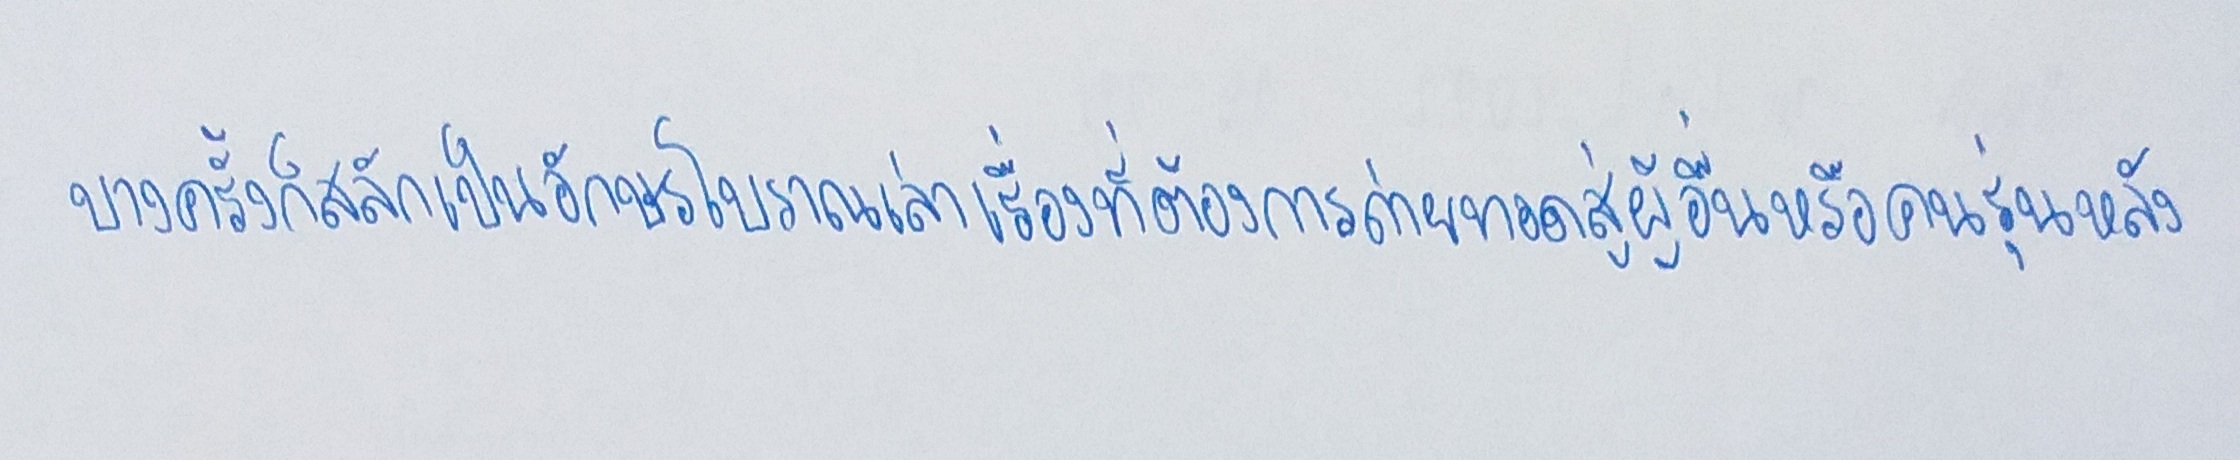
บางครั้งก็สลักเป็นอักษรโบราณเล่าเรื่องที่ต้องการถ่ายทอดสู่ผู้อื่นหรือคนรุ่นหลัง